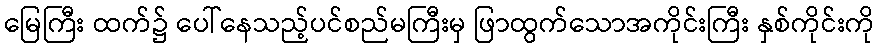
မြေကြီး ထက်၌ ပေါ်နေသည့်ပင်စည်မကြီးမှ ဖြာထွက်သောအကိုင်းကြီး နှစ်ကိုင်းကို